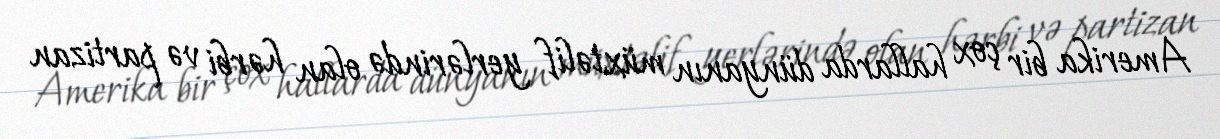
Amerika bir çox hallarda dünyanın müxtəlif yerlərində olan hərbi və partizan